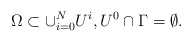
\begin{align*}\Omega \subset \cup_{i=0}^N U^i, U^0 \cap \Gamma = \emptyset.\end{align*}